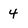
Character: 4